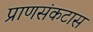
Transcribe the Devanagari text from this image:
प्राणसंकटास